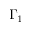
\Gamma _ { 1 }